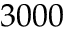
3 0 0 0